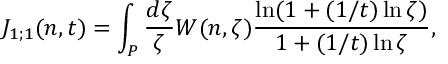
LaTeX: J _ { 1 ; 1 } ( n , t ) = \int _ { P } { \frac { d \zeta } { \zeta } } W ( n , \zeta ) { \frac { \ln ( 1 + ( 1 / t ) \ln \zeta ) } { 1 + ( 1 / t ) \ln \zeta } } ,